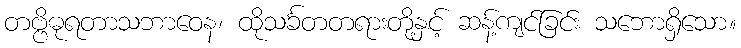
တဗ္ဗိဓုရတာသဘာဝေန၊ ထိုသင်္ခတတရားတို့နှင့် ဆန့်ကျင်ခြင်း သဘောရှိသော။